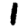
Digit: 1